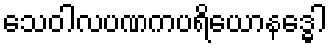
သေဝါလပဏကပရိယောနဒ္ဓေါ